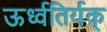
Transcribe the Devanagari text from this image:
ऊर्ध्वतिर्यक्‌